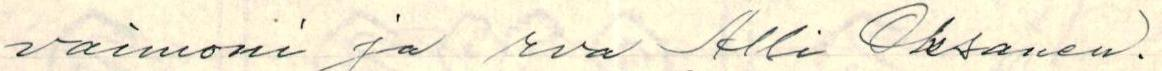
vaimoni ja rva Alli Oksanen.